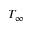
T _ { \infty }